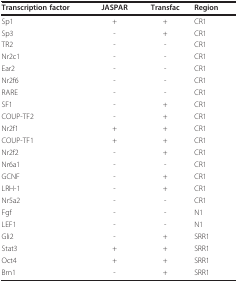
<table><thead><tr><td><b>Transcription factor</b></td><td><b>JASPAR</b></td><td><b>Transfac</b></td><td><b>Region</b></td></tr></thead><tbody><tr><td>Sp1</td><td>+</td><td>+</td><td>CR1</td></tr><tr><td>Sp3</td><td>-</td><td>+</td><td>CR1</td></tr><tr><td>TR2</td><td>-</td><td>-</td><td>CR1</td></tr><tr><td>Nr2c1</td><td>-</td><td>-</td><td>CR1</td></tr><tr><td>Ear2</td><td>-</td><td>-</td><td>CR1</td></tr><tr><td>Nr2f6</td><td>-</td><td>-</td><td>CR1</td></tr><tr><td>RARE</td><td>-</td><td>-</td><td>CR1</td></tr><tr><td>SF1</td><td>-</td><td>+</td><td>CR1</td></tr><tr><td>COUP-TF2</td><td>-</td><td>+</td><td>CR1</td></tr><tr><td>Nr2f1</td><td>+</td><td>+</td><td>CR1</td></tr><tr><td>COUP-TF1</td><td>+</td><td>+</td><td>CR1</td></tr><tr><td>Nr2f2</td><td>-</td><td>+</td><td>CR1</td></tr><tr><td>Nr6a1</td><td>-</td><td>-</td><td>CR1</td></tr><tr><td>GCNF</td><td>-</td><td>+</td><td>CR1</td></tr><tr><td>LRH-1</td><td>-</td><td>+</td><td>CR1</td></tr><tr><td>Nr5a2</td><td>-</td><td>-</td><td>CR1</td></tr><tr><td>Fgf</td><td>-</td><td>-</td><td>N1</td></tr><tr><td>LEF1</td><td>-</td><td>-</td><td>N1</td></tr><tr><td>Gli2</td><td>-</td><td>+</td><td>SRR1</td></tr><tr><td>Stat3</td><td>+</td><td>+</td><td>SRR1</td></tr><tr><td>Oct4</td><td>+</td><td>+</td><td>SRR1</td></tr><tr><td>Brn1</td><td>-</td><td>+</td><td>SRR1</td></tr></tbody></table>